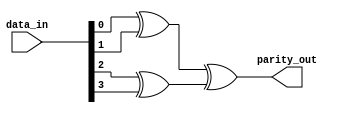
module parity(data_in,parity_out);
input [3:0]data_in;
output parity_out;

assign parity_out = (data_in[0] ^ data_in[1]) ^ (data_in[2] ^ data_in[3]);
endmodule